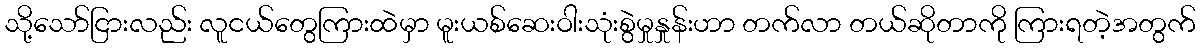
သို့သော်ငြားလည်း လူငယ်တွေကြားထဲမှာ မူးယစ်ဆေးဝါးသုံးစွဲမှုနှုန်းဟာ တက်လာ တယ်ဆိုတာကို ကြားရတဲ့အတွက်